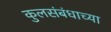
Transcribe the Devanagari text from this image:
कुलसंबंधाच्या